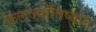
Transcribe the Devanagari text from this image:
फलज्योतिष्यात